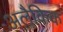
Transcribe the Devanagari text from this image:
अलैकिक